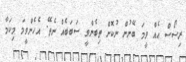
ރިސޯސް އެއް ވީމަ ބޭނުން ނުކޮށް ތިބެންވީ ސަބަބެއް ނެތޭ. އެހެންވީމަ މިކަމާ